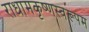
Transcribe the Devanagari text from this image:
राधामकृष्णस्वरूपम